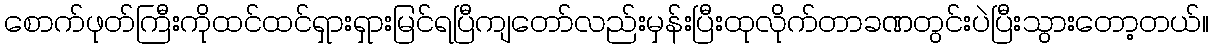
စောက်ဖုတ်ကြီးကိုထင်ထင်ရှားရှားမြင်ရပြီကျတော်လည်းမှန်းပြီးထုလိုက်တာခဏတွင်းပဲပြီးသွားတော့တယ်။